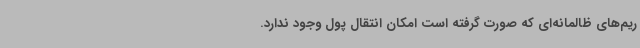
ریم‌های ظالمانه‌ای که صورت گرفته است امکان انتقال پول وجود ندارد.